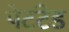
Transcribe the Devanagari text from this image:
पेटंटेड